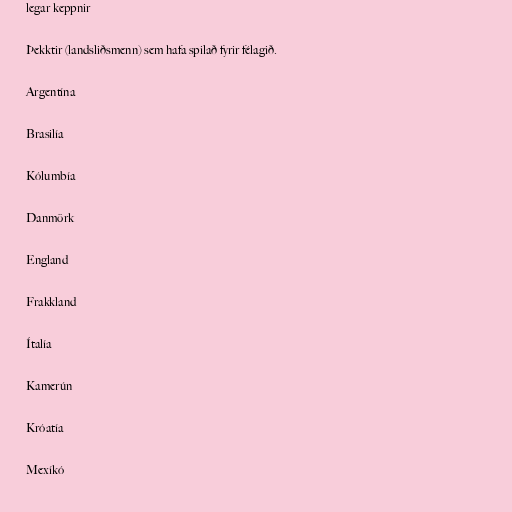
legar keppnir

Þekktir (landsliðsmenn) sem hafa spilað fyrir félagið.

Argentína

Brasilía

Kólumbía

Danmörk

England

Frakkland

Ítalía

Kamerún

Króatía

Mexíkó